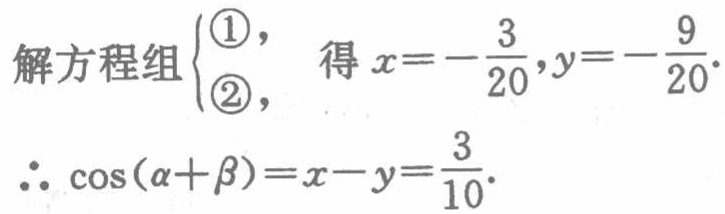
解方程组$\begin{cases}\textcircled{1},\\\textcircled{2},\end{cases}$得$x = -\dfrac{3}{20},y = -\dfrac{9}{20}.$

$\therefore \cos(\alpha + \beta)=x - y=\dfrac{3}{10}.$